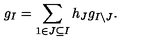
g _ { I } = \sum _ { 1 \in J \subseteq I } h _ { J } g _ { I \setminus J } .